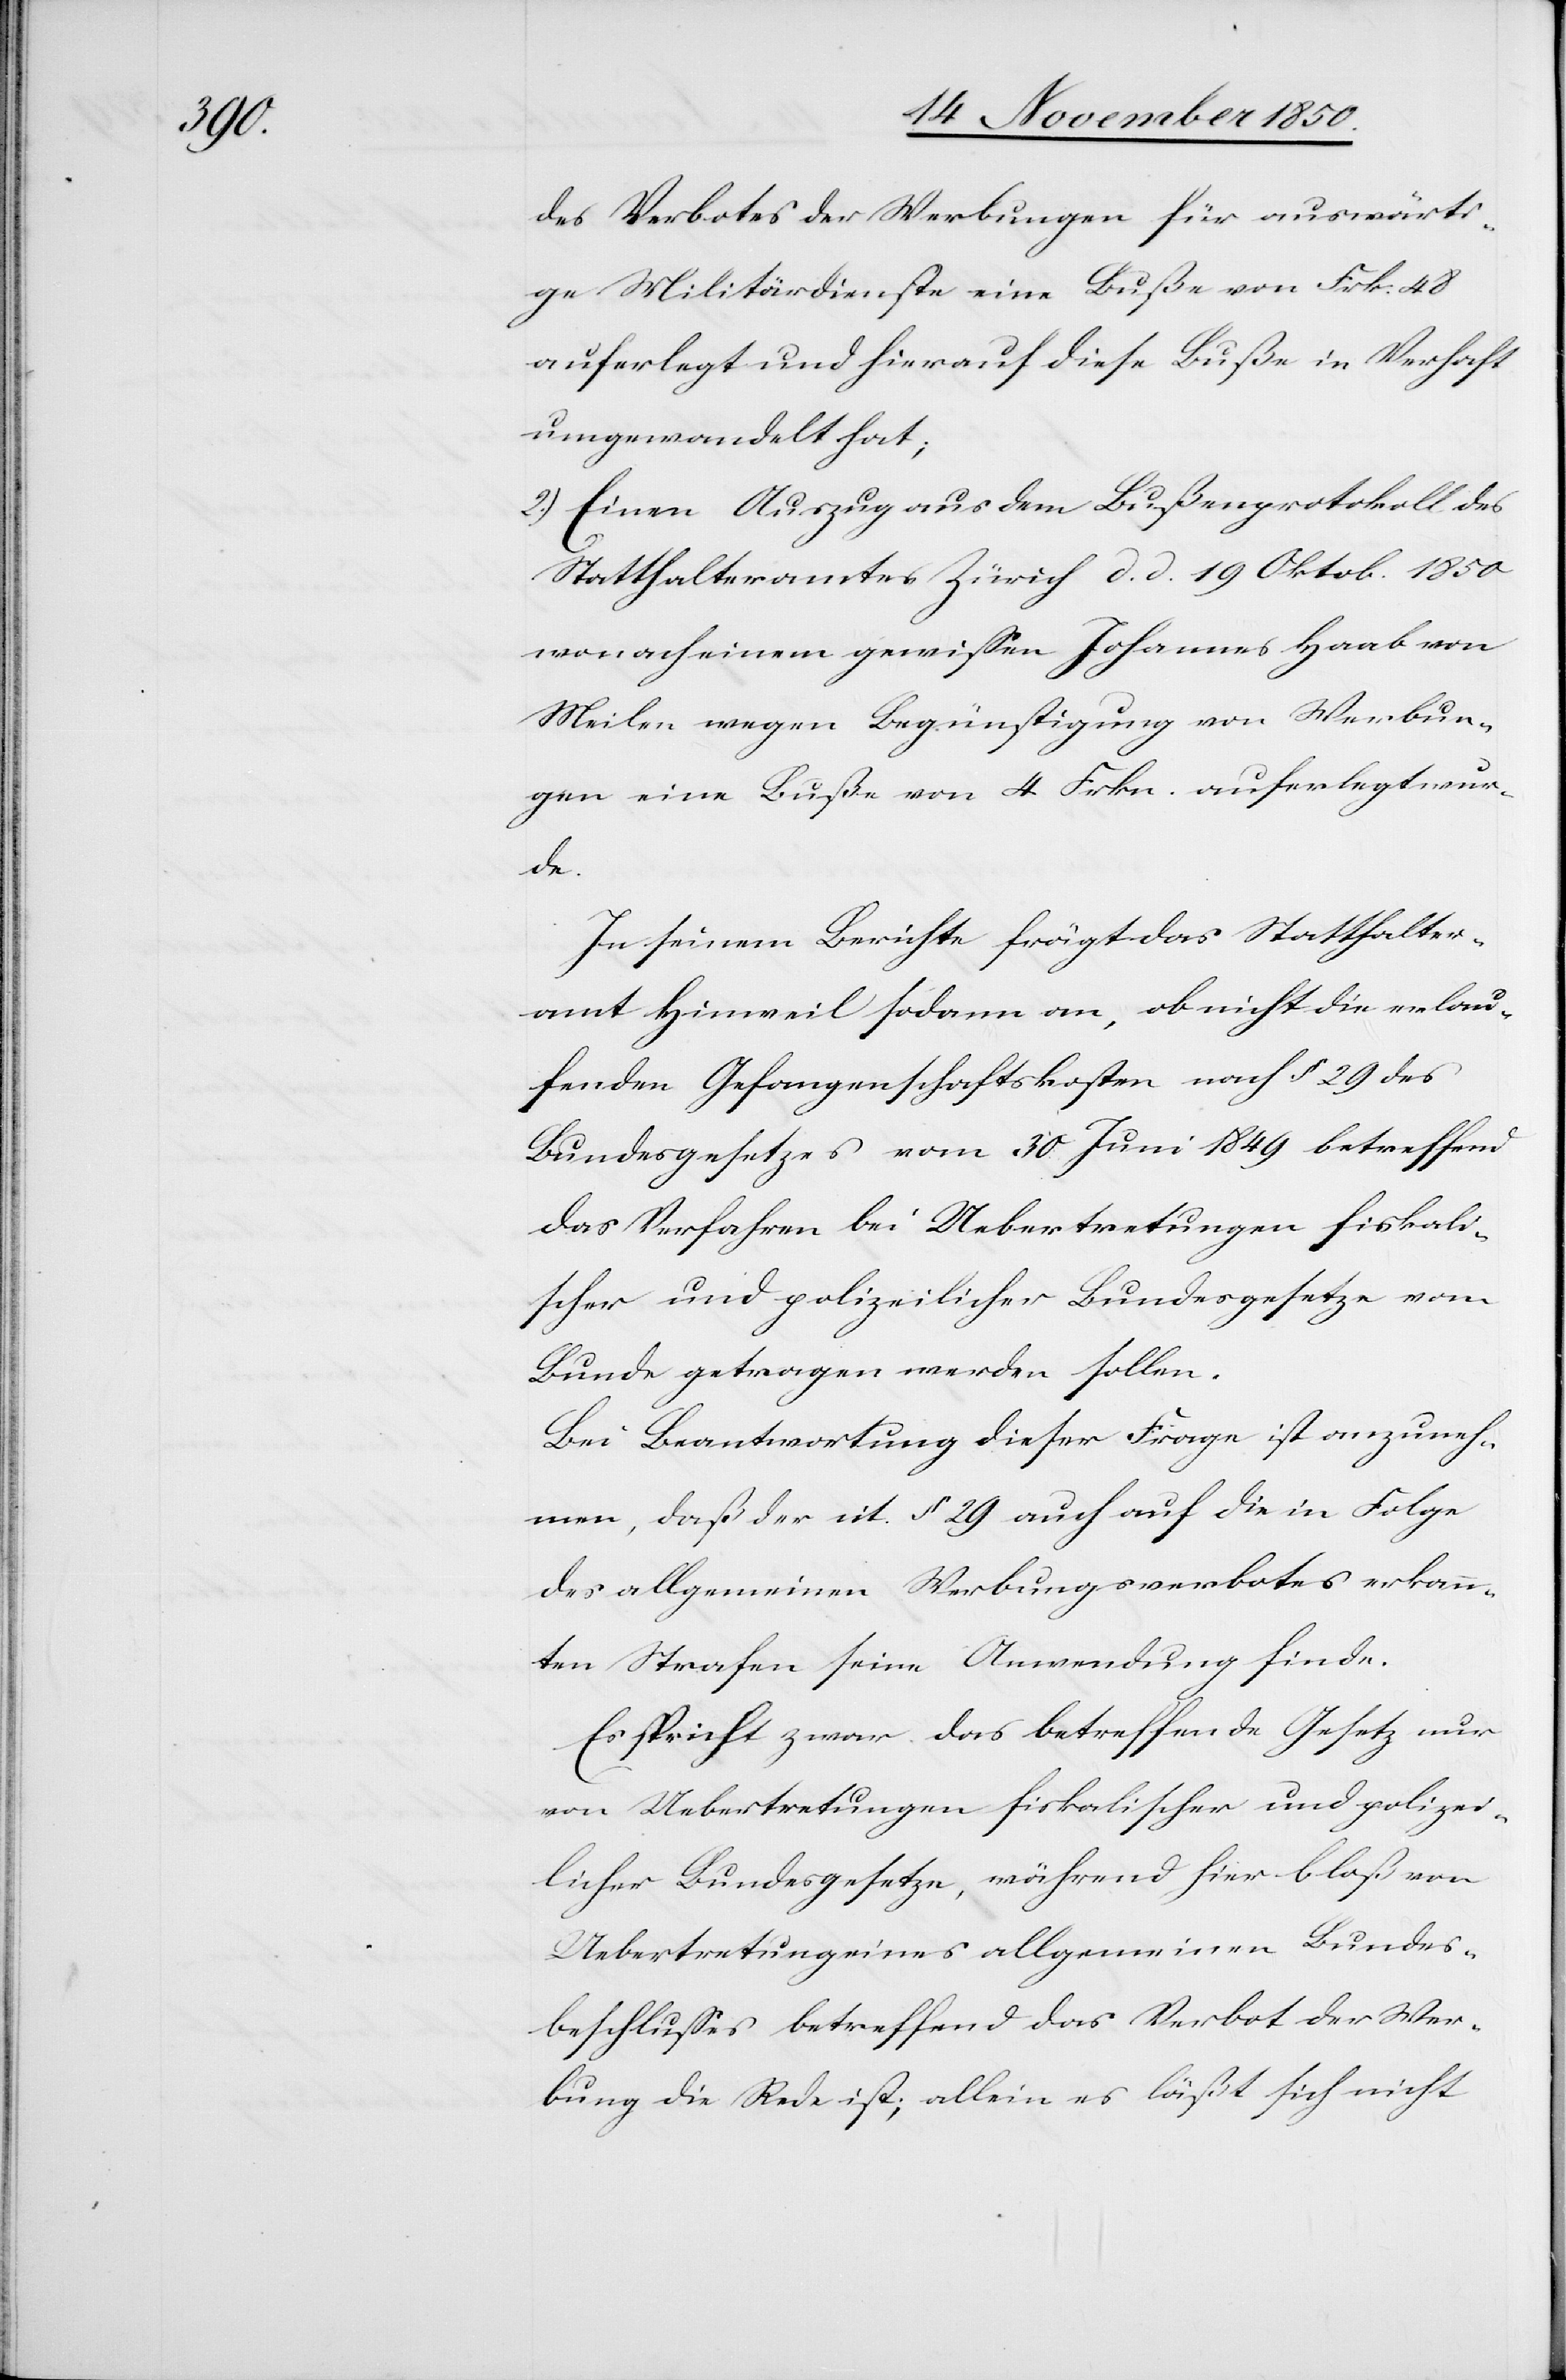
des Verbotes der Werbungen für auswärti¬
ge Militärdienste eine Buße von Frk. 48
auferlegt und hierauf diese Buße in Verhaft
umgewandelt hat;
2.) Einen Auszug aus dem Bußenprotokoll des
Statthalteramtes Zürich d. d. 19. Oktob. 1850
wonach einem gewissen Johannes Haab von
Meilen wegen Begünstigung von Werbun¬
gen eine Buße von 4 Frkn. auferlegt wur¬
de.
In seinem Berichte frägt das Statthalter¬
amt Hinweil sodann an, ob nicht die erlau¬
fenden Gefangenschaftskosten nach § 29 des
Bundesgesetzes vom 30. Juni 1849 betreffend
das Verfahren bei Uebertretungen fiskali¬
scher und polizeilicher Bundesgesetze vom
Bunde getragen werden sollen.
Bei Beantwortung dieser Frage ist anzuneh¬
men, daß der cit. § 29 auch auf die in Folge
des allgemeinen Werbungsverbotes erkann¬
ten Strafen seine Anwendung finde.
Es spricht zwar das betreffende Gesetz nur
von Uebertretungen fiskalischer und polizei¬
licher Bundesgesetze, während hier bloß von
Uebertretung eines allgemeinen Bundes¬
beschlusses betreffend das Verbot der Wer¬
bung die Rede ist; allein es läßt sich nicht